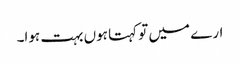
ارے میں تو کہتا ہوں بہت ہوا۔